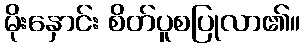
မိုးနှောင်း စိတ်ပူစပြုလာ၏။